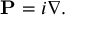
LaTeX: \mathbf { P } = i \nabla .